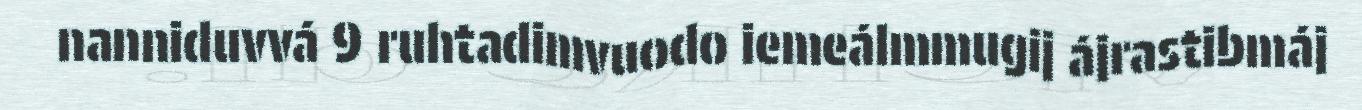
nanniduvvá 9 ruhtadimvuodo iemeálmmugij ájrastibmáj